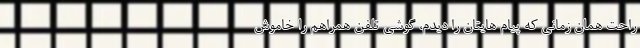
راحت همان زمانی که پیام هایتان را دیدم، گوشی تلفن همراهم را خاموش